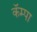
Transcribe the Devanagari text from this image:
कॅम्पा